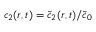
c _ { 2 } ( r , t ) = \widetilde { c } _ { 2 } ( r , t ) / \widetilde { c } _ { 0 }